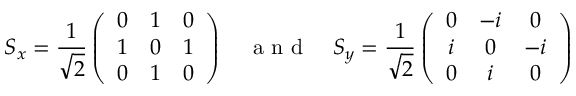
S _ { x } = \frac { 1 } { \sqrt { 2 } } \left( \begin{array} { c c c } { 0 } & { 1 } & { 0 } \\ { 1 } & { 0 } & { 1 } \\ { 0 } & { 1 } & { 0 } \end{array} \right) \quad \mathrm { ~ a ~ n ~ d ~ } \quad S _ { y } = \frac { 1 } { \sqrt { 2 } } \left( \begin{array} { c c c } { 0 } & { - i } & { 0 } \\ { i } & { 0 } & { - i } \\ { 0 } & { i } & { 0 } \end{array} \right)